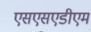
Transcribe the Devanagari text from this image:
एसएसएडीएम